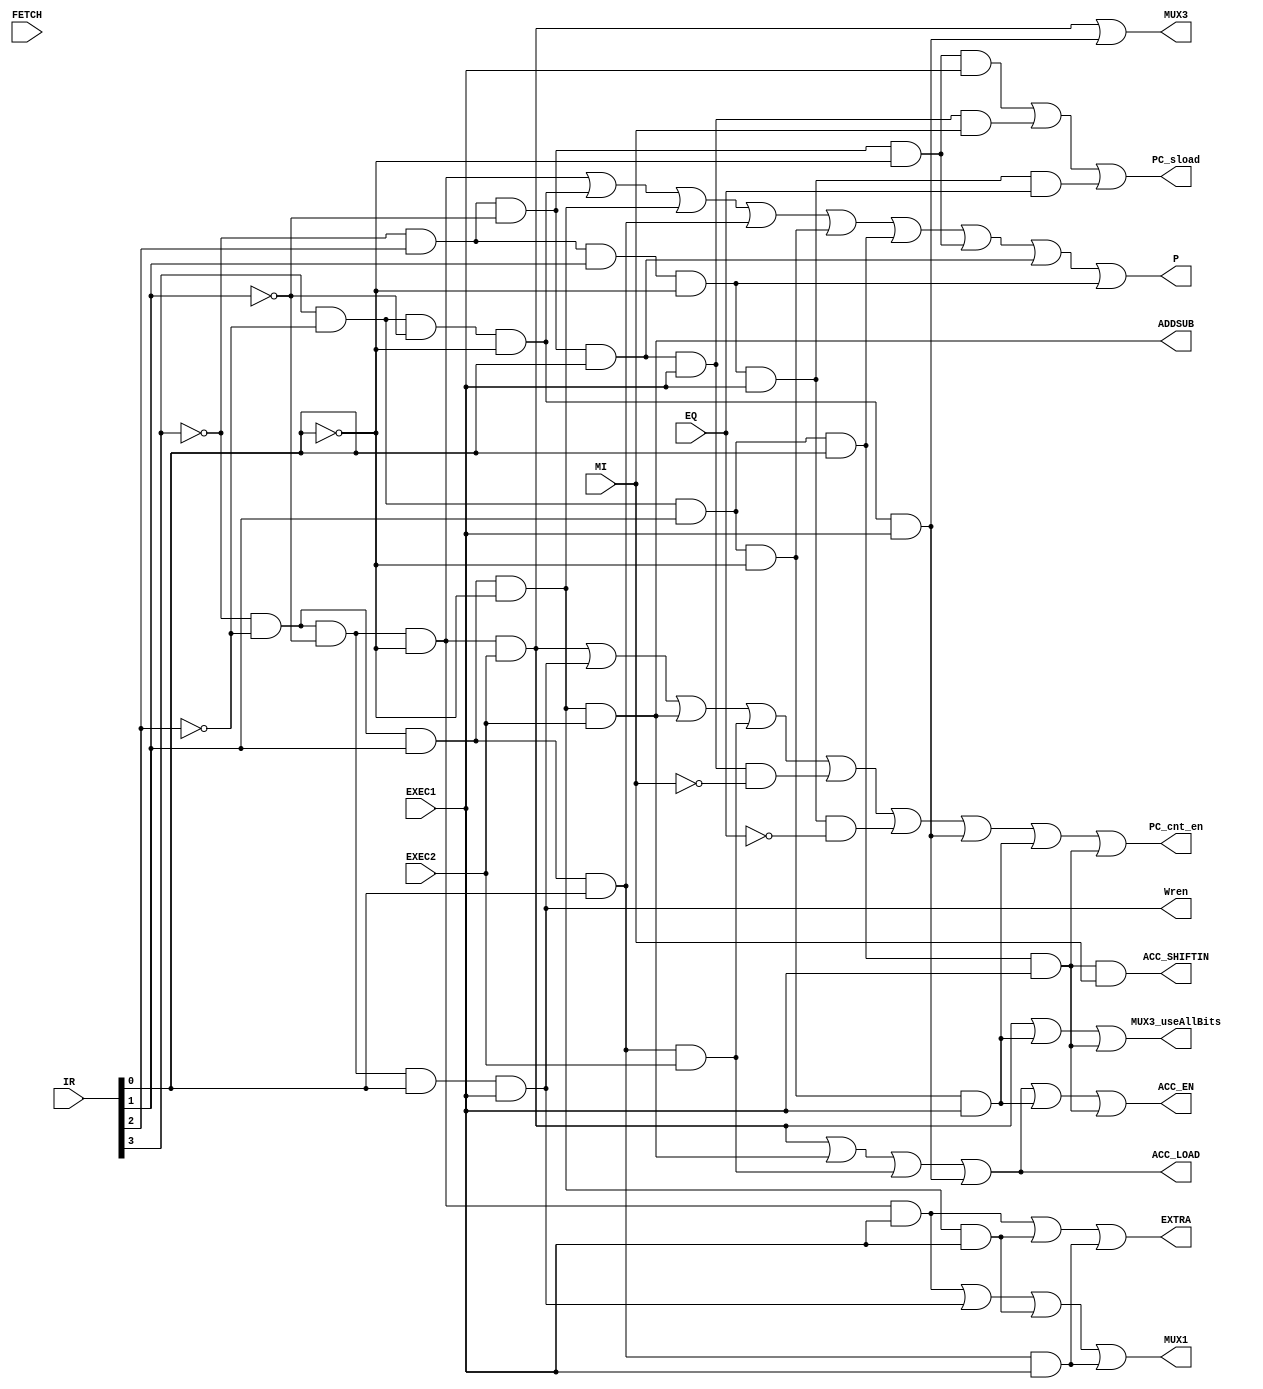
module decode(
	input FETCH,
	input EXEC1,
	input EXEC2,
	input EQ,
	input MI,
	input [3:0] IR,
	output EXTRA,
	output Wren,
	output MUX1,
	output MUX3,
	output PC_sload,
	output PC_cnt_en,
	output ACC_EN,
	output ACC_LOAD,
	output ACC_SHIFTIN,
	output ADDSUB,
	output MUX3_useAllBits,
	output P
);

	wire LDA, LDI, ADD, SUB, LSR, ASR, JMI, JEQ;

	assign LDA = !IR[3] & !IR[2] & !IR[1] & !IR[0];
	assign STA = !IR[3] & !IR[2] & !IR[1] & IR[0];
	assign ADD = !IR[3] & !IR[2] & IR[1] & !IR[0];
	assign SUB = !IR[3] & !IR[2] & IR[1] & IR[0];
	assign JMP = !IR[3] & IR[2] & !IR[1] & !IR[0];
	assign JMI = !IR[3] & IR[2] & !IR[1] & IR[0];
	assign JEQ = !IR[3] & IR[2] & IR[1] & !IR[0];
	assign STP = !IR[3] & IR[2] & IR[1] & IR[0];
	assign LDI = IR[3] & !IR[2] & !IR[1] & !IR[0];
	assign LSR = IR[3] & !IR[2] & IR[1] & !IR[0];
	assign ASR = IR[3] & !IR[2] & IR[1] & IR[0];

	assign P               = LDA | LDI | ADD | SUB | LSR | ASR | JMP | JMI | JEQ;

	assign EXTRA           = LDA & EXEC1 | ADD & EXEC1 | SUB & EXEC1;
	assign Wren            = STA & EXEC1;
	assign MUX1            = LDA & EXEC1 | STA & EXEC1 | ADD & EXEC1 | SUB & EXEC1;
	assign MUX3            = LDA & EXEC2 | LDI & EXEC1;
	assign PC_sload        = JMP & EXEC1 | JMI & EXEC1 & MI | JEQ & EXEC1 & EQ;
	assign PC_cnt_en       = LDA & EXEC2 | STA & EXEC1 | ADD & EXEC2 | SUB & EXEC2 | JMI & EXEC1 & !MI | JEQ & EXEC1 & !EQ | LDI & EXEC1 | LSR & EXEC1 | ASR & EXEC1;
	assign ACC_EN          = LDA & EXEC2 | ADD & EXEC2 | SUB & EXEC2 | LDI & EXEC1 | LSR & EXEC1 | ASR & EXEC1;
	assign ACC_LOAD        = LDA & EXEC2 | ADD & EXEC2 | SUB & EXEC2 | LDI & EXEC1;
	assign ADDSUB          = ADD & EXEC2;
	assign ACC_SHIFTIN     = ASR & EXEC1 & MI;
	assign MUX3_useAllBits = LDA & EXEC2 | LDA & EXEC2 | LSR & EXEC1 | ASR & EXEC1;

endmodule